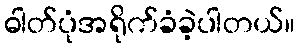
ဓါတ်ပုံအရိုက်ခံခဲ့ပါတယ်။